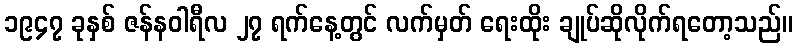
၁၉၄၇ ခုနှစ် ဇန်နဝါရီလ ၂၇ ရက်နေ့တွင် လက်မှတ် ရေးထိုး ချုပ်ဆိုလိုက်ရတော့သည်။